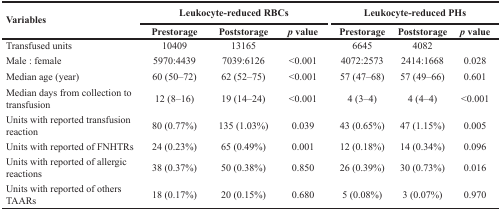
<table><thead><tr><td rowspan="2"><b>Variables</b></td><td colspan="3"><b>Leukocyte-reduced RBCs</b></td><td colspan="3"><b>Leukocyte-reduced PHs</b></td></tr><tr><td><b>Prestorage</b></td><td><b>Poststorage</b></td><td><b><i>p</i> value</b></td><td><b>Prestorage</b></td><td><b>Poststorage</b></td><td><b><i>p</i> value</b></td></tr></thead><tbody><tr><td>Transfused units</td><td>10409</td><td>13165</td><td></td><td>6645</td><td>4082</td><td></td></tr><tr><td>Male : female</td><td>5970:4439</td><td>7039:6126</td><td>&lt;0.001</td><td>4072:2573</td><td>2414:1668</td><td>0.028</td></tr><tr><td>Median age (year)</td><td>60 (50–72)</td><td>62 (52–75)</td><td>&lt;0.001</td><td>57 (47–68)</td><td>57 (49–66)</td><td>0.601</td></tr><tr><td>Median days from collection to transfusion</td><td>12 (8–16)</td><td>19 (14–24)</td><td>&lt;0.001</td><td>4 (3–4)</td><td>4 (4–4)</td><td>&lt;0.001</td></tr><tr><td>Units with reported transfusion reaction</td><td>80 (0.77%)</td><td>135 (1.03%)</td><td>0.039</td><td>43 (0.65%)</td><td>47 (1.15%)</td><td>0.005</td></tr><tr><td>Units with reported of FNHTRs</td><td>24 (0.23%)</td><td>65 (0.49%)</td><td>0.001</td><td>12 (0.18%)</td><td>14 (0.34%)</td><td>0.096</td></tr><tr><td>Units with reported of allergic reactions</td><td>38 (0.37%)</td><td>50 (0.38%)</td><td>0.850</td><td>26 (0.39%)</td><td>30 (0.73%)</td><td>0.016</td></tr><tr><td>Units with reported of others TAARs</td><td>18 (0.17%)</td><td>20 (0.15%)</td><td>0.680</td><td>5 (0.08%)</td><td>3 (0.07%)</td><td>0.970</td></tr></tbody></table>